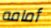
أمامه